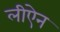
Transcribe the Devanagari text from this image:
लीऐन